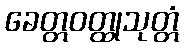
ခေတ္တဝတ္ထုသုတ္တံ